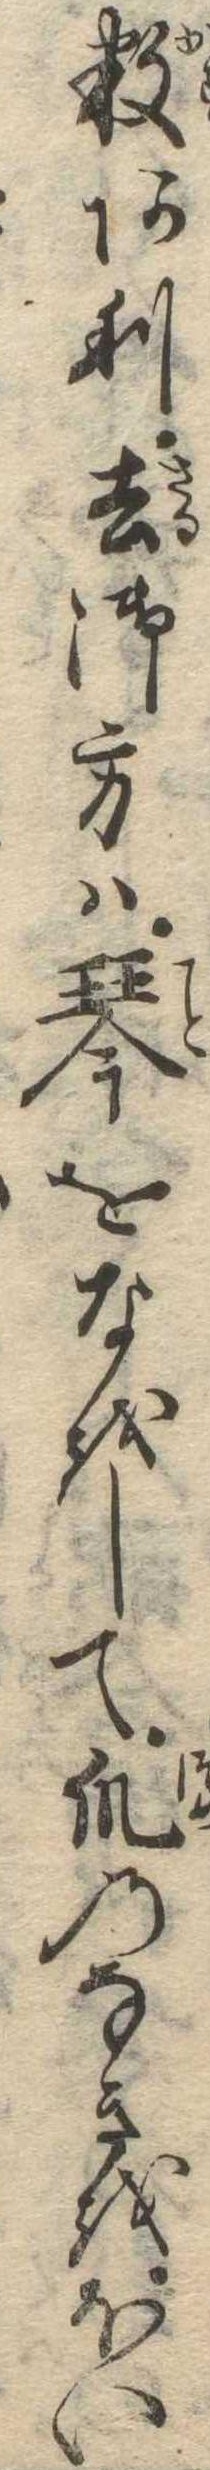
数あり去御方は琴をなをして爪のなきをほい